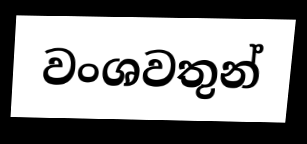
වංශවතුන්